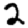
Digit: 2